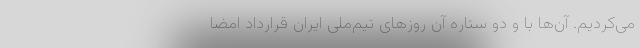
می‌کردیم. آن‌ها با و دو ستاره آن روزهای تیم‌ملی ایران قرارداد امضا